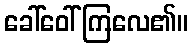
ခေါ်ဝေါ်ကြလေ၏။